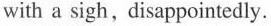
with a sigh, disappointedly.